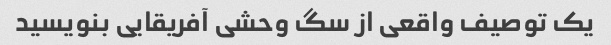
یک توصیف واقعی از سگ وحشی آفریقایی بنویسید